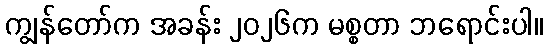
ကျွန်တော်က အခန်း ၂၀၂၆က မစ္စတာ ဘရောင်းပါ။